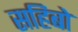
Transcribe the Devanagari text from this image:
सहिबो